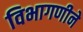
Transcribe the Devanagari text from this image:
विभागणीने